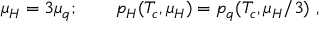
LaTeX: \mu _ { H } = 3 \mu _ { q } ; \qquad p _ { H } ( T _ { c } , \mu _ { H } ) = p _ { q } ( T _ { c } , \mu _ { H } / 3 ) ~ ,